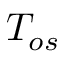
T _ { o s }